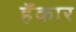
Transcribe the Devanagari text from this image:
हँकार